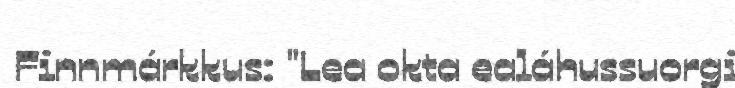
Finnmárkkus: "Lea okta ealáhussuorgi